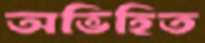
অভিহিত